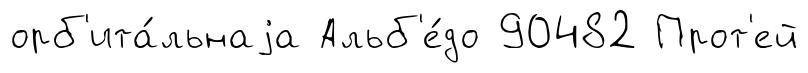
орб'ита́льнаjа Альб'е́до 90482 Прот'ей